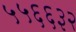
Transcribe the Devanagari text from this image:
५५६६३२